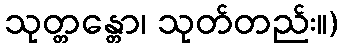
သုတ္တန္တော၊ သုတ်တည်း။)